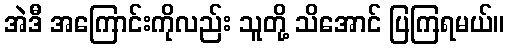
အဲဒီ အကြောင်းကိုလည်း သူတို့ သိအောင် ပြကြရမယ်။